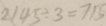
2 1 4 5 \div 3 = 7 1 5